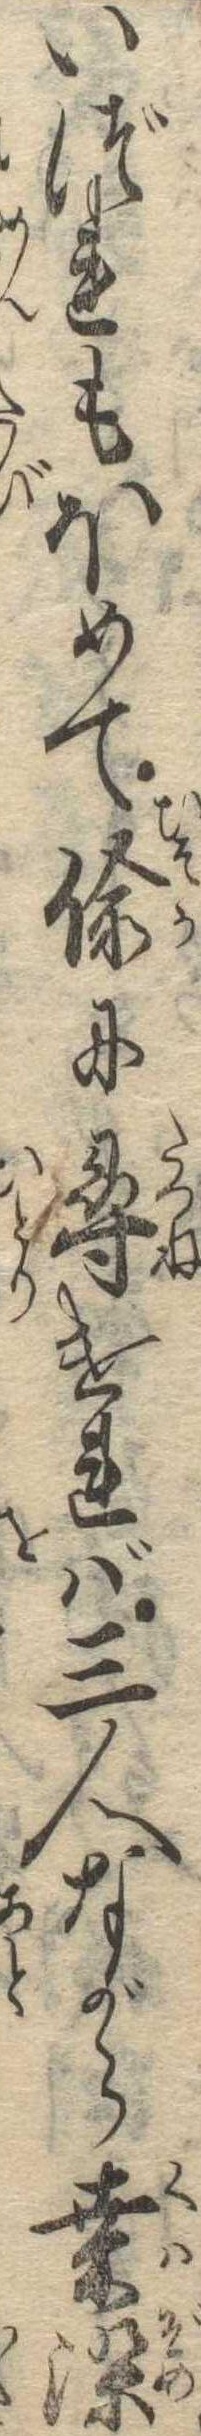
いづれもほめて偸に尋ければ三人ながら桑染